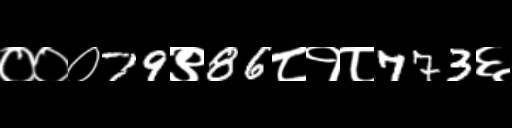
Text: ०००79९86८१८773६